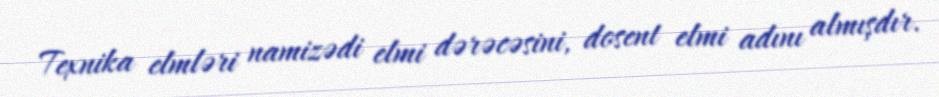
Texnika elmləri namizədi elmi dərəcəsini, dosent elmi adını almışdır.